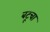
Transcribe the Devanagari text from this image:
बटूचा